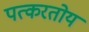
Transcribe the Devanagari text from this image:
पत्करतोय